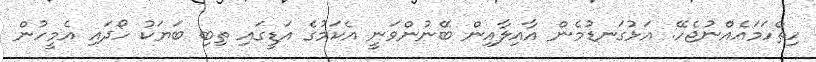
ހިތްހަމައެއްނުޖެހޭ. އަޅުގަނޑުމެން އާއިލާއިން ބޭނުންވަނީ އެކަމުގެ އަޑީގައި ތިބި ބަޔަކު ހޯދައި އެމީހުން